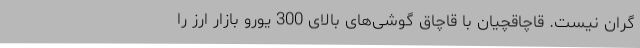
گران نیست. قاچاقچیان با قاچاق گوشی‌های بالای 300 یورو بازار ارز را